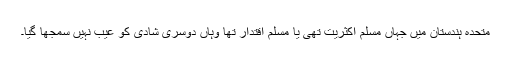
متحدہ ہندستان میں جہاں مسلم اکثریت تھی یا مسلم اقتدار تھا وہاں دوسری شادی کو عیب نہیں سمجھا گیا۔